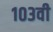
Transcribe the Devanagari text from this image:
१०३वी